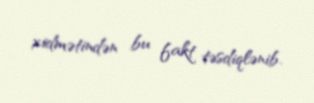
xidmətindən bu fakt təsdiqlənib.